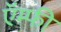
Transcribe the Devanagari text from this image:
ऍम्फी